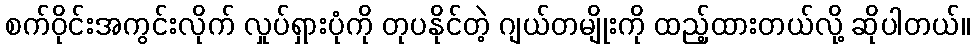
စက်ဝိုင်းအကွင်းလိုက် လှုပ်ရှားပုံကို တုပနိုင်တဲ့ ဂျယ်တမျိုးကို ထည့်ထားတယ်လို့ ဆိုပါတယ်။